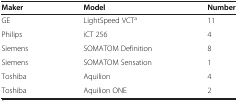
<table><thead><tr><td><b>Maker</b></td><td><b>Model</b></td><td><b>Number</b></td></tr></thead><tbody><tr><td>GE</td><td>LightSpeed VCT<sup>a</sup></td><td>11</td></tr><tr><td>Philips</td><td>iCT 256</td><td>4</td></tr><tr><td>Siemens</td><td>SOMATOM Definition</td><td>8</td></tr><tr><td>Siemens</td><td>SOMATOM Sensation</td><td>1</td></tr><tr><td>Toshiba</td><td>Aquilion</td><td>4</td></tr><tr><td>Toshiba</td><td>Aquilion ONE</td><td>2</td></tr></tbody></table>